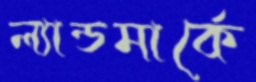
ল্যান্ডমার্কে